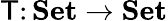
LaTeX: \mathsf{T}\colon\mathbf{{Set}}\to\mathbf{{Set}}